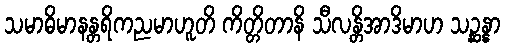
သမာဓိမာနန္တရိကညမာဟူတိ ကိတ္တိတာနိ သီလန္တိအာဒိမာဟ သဉ္ဆန္နာ